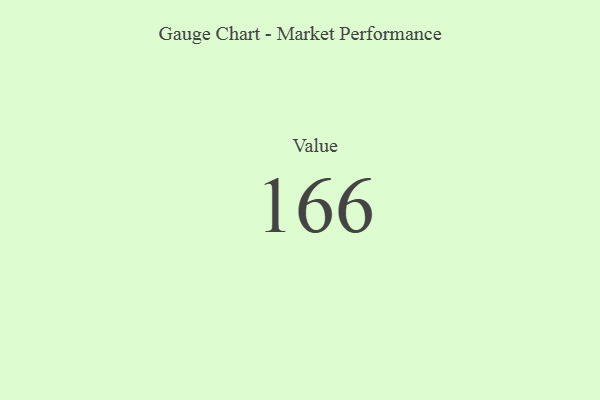
{"axis": {"x": "Metric", "y": "Value"}, "legend": [""], "data": [{"x": "Value", "y": 166, "type": ""}]}